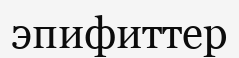
эпифиттер